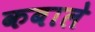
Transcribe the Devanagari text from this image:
कबाले